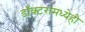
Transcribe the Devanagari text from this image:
डॉक्टरांमध्येही